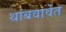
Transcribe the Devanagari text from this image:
थांबवावेत